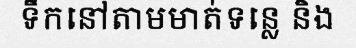
ទឹកនៅតាមមាត់ទន្លេ និង